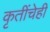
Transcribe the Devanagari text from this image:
कृतींचेही